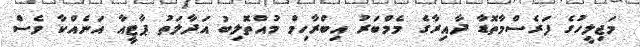
މަޖިލީހުގެ ފަރެސްމާތޮޑާ ދާއިރާގެ މެމްބަރު އިބްރާހިމް މުއްތޮލިބު އަދާލަތު ޕާޓީއާ އަނެއްކާ ވެސް